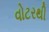
વોટરથી